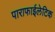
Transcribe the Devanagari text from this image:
पाराफाईलेटिक